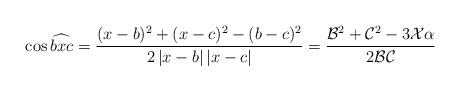
LaTeX: \begin{align*}\cos\widehat{bxc}=\frac{(x-b)^2+(x-c)^2-(b-c)^2}{2\left|x-b\right|\left|x-c\right|}=\frac{\mathcal{B}^2+\mathcal{C}^2-3\mathcal{X}\alpha}{2\mathcal{BC}}\end{align*}